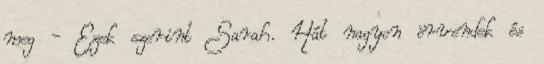
meg - Ezek szerint Sarah. Hát nagyon örvendek és